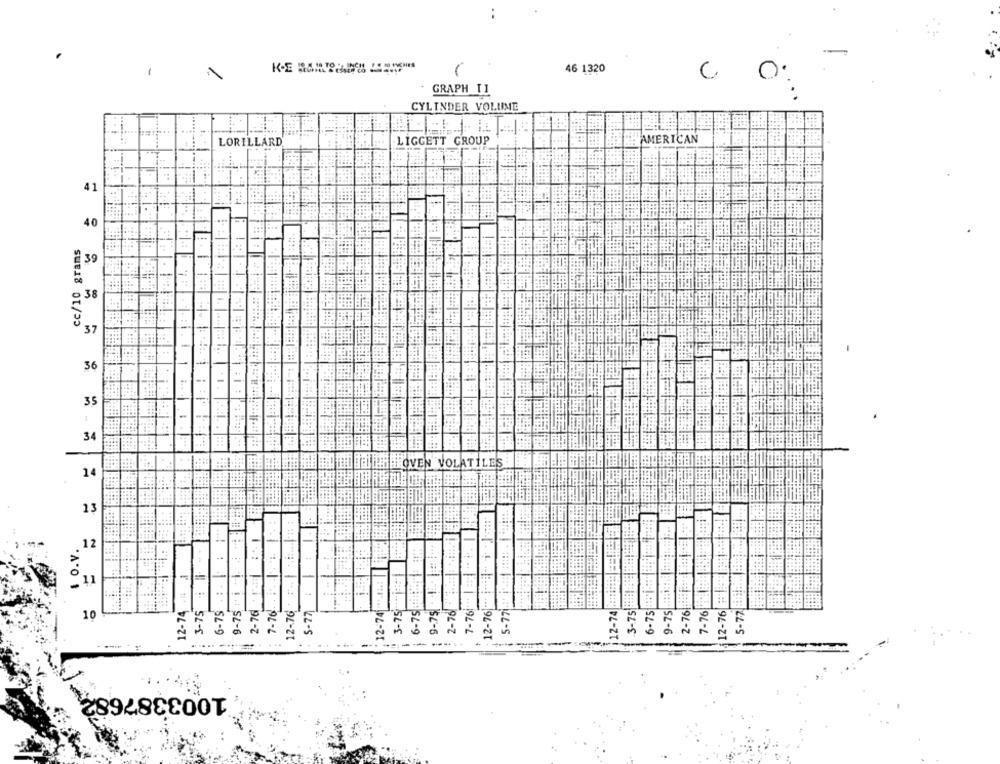
..
46 1320
1
C O:
GRAPH [ 1
CYLINDER VOLUME
....
LORILLARD.
LIGGETT GROUP
AMERICAN
= ====
.1
cc/10 grams
= ===== =
OVEN VOLATILES
1 . 1.
-1
. O.V.
12
12-74 .# 1
9-75 i +
3-75 --- İ ===
9-75 - 4 .-
7-761 " |:
5-77 :' i' .:
11
.:.
12-76| ***
3-75
2-76
7-76
12-74
3-75
9-75
2-761
5-77
12-74
3-75
9-75
2-76
7-76
12-76
5-72
6-75
10
1003387682